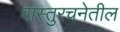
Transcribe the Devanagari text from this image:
वास्तुरचनेतील